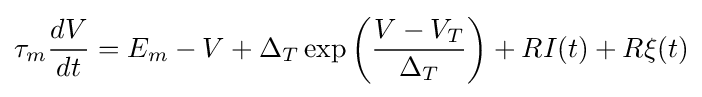
\tau _{m}{\frac {dV}{dt}}=E_{m}-V+\Delta _{T}\exp \left({\frac {V-V_{T}}{\Delta _{T}}}\right)+RI(t)+R\xi (t)